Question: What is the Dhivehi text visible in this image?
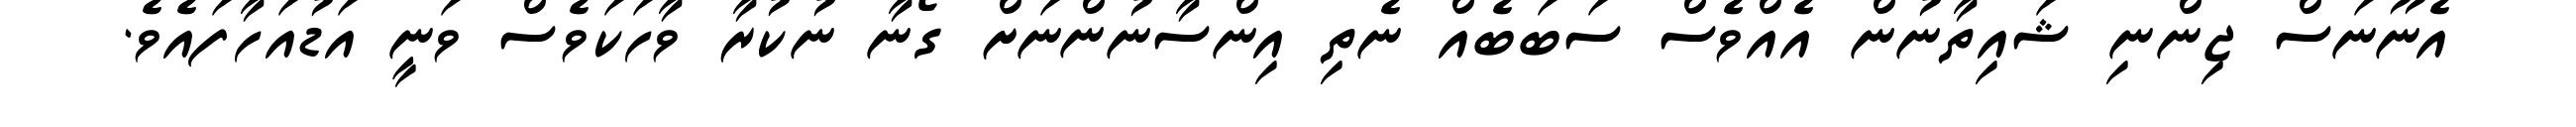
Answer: އެނޫނަސް ޖިންނި ޝައިތާނުން އެއްވެސް ސަބަބެއް ނެތި އިންސާނުންނަށް ގޯނާ ނުކުރާ ވާހަކަވެސް ވަނީ އަޑުއަހާފައެވެ.